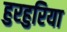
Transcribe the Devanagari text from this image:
हुरहुरिया